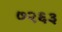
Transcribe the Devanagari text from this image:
७२६३